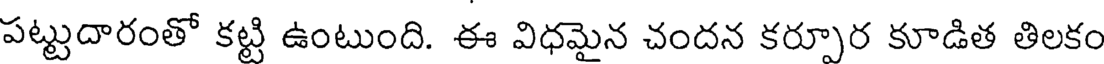
పట్టుదారంతో కట్టి ఉంటుంది. ఈ విధమైన చందన కర్పూర కూడిత తిలకం